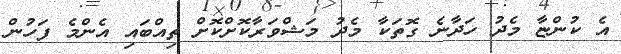
އެ ކުންޏާ މެދު ހަދާނެ ގޮތަކާ މެދު މަޝްވަރާކޮށްކޮށް ތިއްބައި އެންމެ ފަހުން